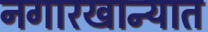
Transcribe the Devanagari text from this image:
नगारखान्यात